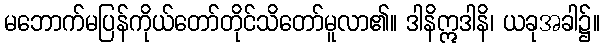
မဘောက်မပြန်ကိုယ်တော်တိုင်သိတော်မူလာ၏။ ဒါနိဣဒါနိ၊ ယခုအခါ၌။